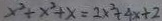
x ^ { 2 } + x ^ { 2 } + x = 2 x ^ { 2 } + 4 x + 2